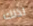
لذلك